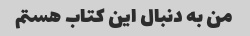
من به دنبال این کتاب هستم